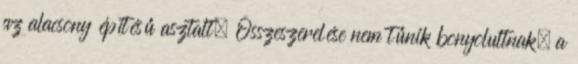
az alacsony építésű asztalt. Összeszerelése nem tűnik bonyolultnak, a